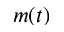
m ( t )